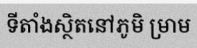
ទីតាំងស្ថិតនៅភូមិ ម្រាម